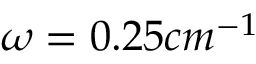
\omega = 0 . 2 5 c m ^ { - 1 }